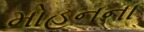
મોહનના